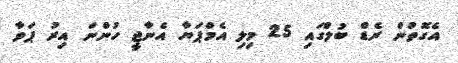
އެގޮތުން ރެޑް ބުލްގައި 25 މިލި އެމްޕަޔާ އެނާޖީ ހުންނަ އިރު ޕަވާ